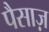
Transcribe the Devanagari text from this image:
पैसाज़